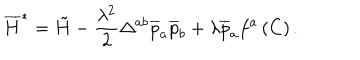
\overline { { { H } } } ^ { * } = \tilde { H } - \frac { \lambda ^ { 2 } } 2 \Delta ^ { a b } \overline { { { p } } } _ { a } \overline { { { p } } } _ { b } + \lambda \overline { { { p } } } _ { a } f ^ { a } \left( C \right) .